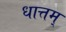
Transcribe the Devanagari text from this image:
धात्तम्‌